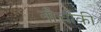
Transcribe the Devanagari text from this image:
नौचौकी